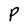
Character: P